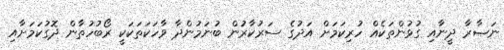
ނަޞާރާ ދީނާއި ގުޅުންތަކެއް ހުރިކަމަށް އަދުގެ ސަރުކާރުން ބުނަމުންދާ ވާހަކަތަކަކީ ރޯބުހުތާން ދޮގުކަމަށާއި